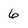
Character: 6